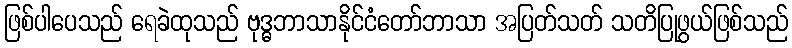
ဖြစ်ပါပေသည် ရေခဲထုသည် ဗုဒ္ဓဘာသာနိုင်ငံတော်ဘာသာ အပြတ်သတ် သတိပြုဖွယ်ဖြစ်သည်